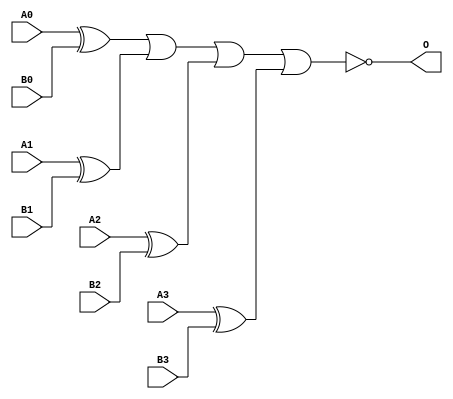
module ACOMP4A(A0, A1, A2, A3, B0, B1, B2, B3, O);
input   A0;
input   A1;
input   A2;
input   A3;
input   B0;
input   B1;
input   B2;
input   B3;
output  O;
xor g0(w0, A0, B0);
xor g1(w3, A1, B1);
xor g2(w6, A2, B2);
xor g3(w9, A3, B3);
nor g4(O, w0, w3, w6, w9);
endmodule